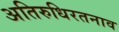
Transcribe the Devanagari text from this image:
अतिरुधिरतनाव